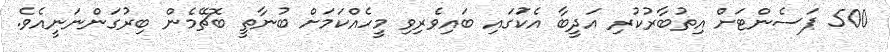
500 ޕަސެންޓަށް އިތުބާރުކުރި އަދީބާ އެކުަގައި ބައިވެރިވި މީހެއްކަމަށް ބުނާތީ ބޮޗޭމެން ބިރުގަންނަނީއެވެ.